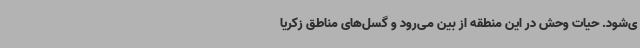
ی‌شود. حیات وحش در این منطقه از بین می‌رود و گسل‌های مناطق زکریا